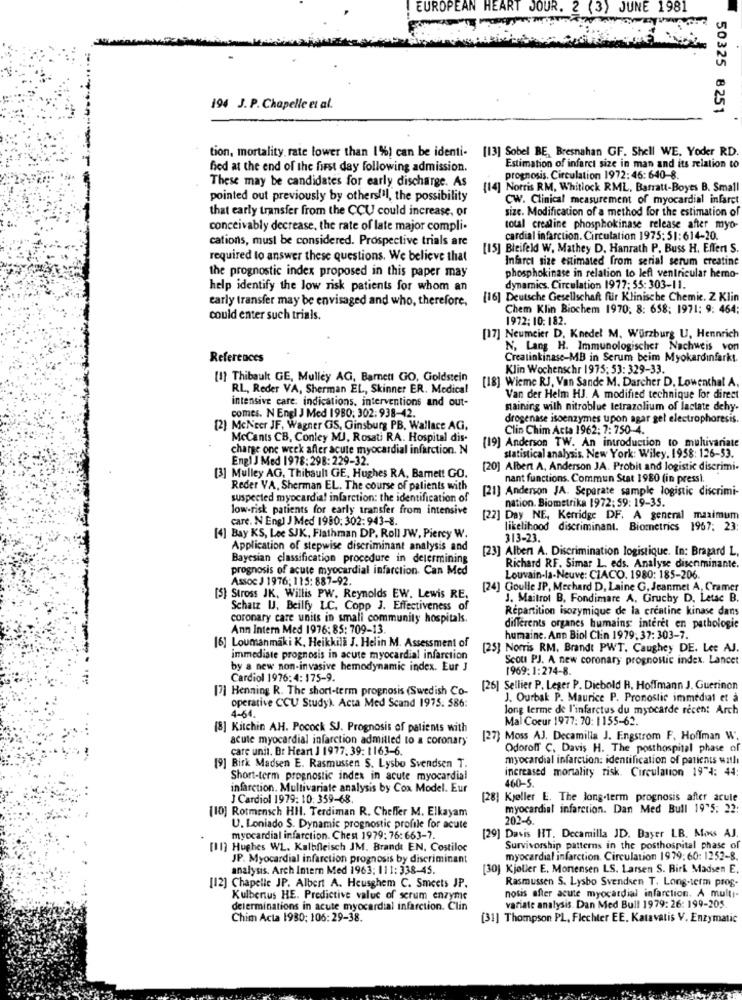
EUROPEAN HEART JOUR. 2 (3) JUNE 1981
194 J. P. Chapelle et al.
50325 8251
tion, mortality rate lower than 1%) can be identi- [13] Sobel BE, Bresnahan GF. Shell WE, Yoder RD.
fied at the end of the first day following admission.
Estimation of infarct size in man and its relation to
These may be candidates for early discharge. As
prognosis. Circulation 1972: 46: 640-8.
(14] Norris RM, Whitlock RML. Barratt-Boyes B. Small
pointed out previously by others!il, the possibility
CW. Clinical measurement of myocardial infarct
that early transfer from the CCU could increase, or
size. Modification of a method for the estimation of
conceivably decrease, the rate of late major compli-
total creatine phosphokinase release after myo-
cations, must be considered. Prospective trials are
cardial infarction. Circulation 1975: 51:614-20.
[15] Bleifeld W. Mathey D. Hanrath P. Buss H. Effer S.
required to answer these questions. We believe that
Infarct size estimated from serial serum creatine
the prognostic index proposed in this paper may
phosphokinase in relation to left ventricular hemo-
help identify the low risk patients for whom an
dynamics, Circulation 1977; 55: 303-11.
early transfer may be envisaged and who, therefore,
[16] Deutsche Gesellschaft für Klinische Chemie. Z Klin
Chem Klin Biochem 1970, 8: 658; 1971: 9: 464:
could enter such trials.
1972: 10: 182.
[17] Neumeier D. Knedel M. Würzburg U, Hennrich
N, Lang H. Immunologischer Nachweis von
References
Creatinkinase-MB in Serum beim Myokardinfarkt.
Klin Wochenschr 1975; 53: 329-33.
[1] Thibault GE, Mulley AG, Barnett GO, Goldstein
RL, Reder VA, Sherman EL, Skinner ER. Medical
[18] Wieme RJ, Van Sande M. Darcher D. Lowenthal A.
intensive care: indications, interventions and out-
Van der Helm HJ. A modified technique for direct
comes. N Engl J Med 1980: 302:938-42.
maining with nitroblue tetrazolium of lactate dehy-
drogenase isoenzymes upon agar gel electrophoresis.
[2] MeNeer JF, Wagner GS, Ginsburg PB. Wallace AG,
Clin Chim Acta 1962: ?: 750-4.
McCants CB, Conley MJ, Rosati RA. Hospital dis-
[19] Anderson TW. An introduction to multivariate
charge one week after acute myocardial infarction. N
Engl J Med 1978:298:229-32.
statistical analysis. New York: Wiley. 1958: 126-53.
[20] Albert A, Anderson JA. Probit and logistic diserimi-
[3] Mulley AG, Thibault GE, Hughes RA, Barnet! GO.
nant functions. Commun Stat 1980 (in press).
Reder VA, Sherman EL. The course of patients with
[21] Anderson JA. Separate sample logistic discrimi-
suspected myocardial infarction: the identification of
nation. Biometrika 1972: 59: 19-35.
low-risk patients for early transfer from intensive
care. N Engl J Med 1980: 302: 943-8.
[22] Day NE, Kerridge DF. A general maximum
likelihood discriminant. Biometrics 1967; 23:
[4] Bay KS, Lee SJK, Flathman DP. Roll JW, Piercy W.
313-23.
Application of stepwise discriminant analysis and
[23] Alben A. Discrimination logistique. In: Bragard L,
Bayesian classification procedure in determining
prognosis of acute myocardial infarction. Can Med
Richard RF. Simar L. eds. Analyse disenminante.
Assoc J 1976; 115: 887-92.
Louvain-la-neuve: CIACO. 1980: 185-206.
[24] Goulle JP, Mechard D, Laine G, Jeanmet A, Cramer
[S] Stross JK. Willis PW. Reynolds EW. Lewis RE,
J. Maitrot B. Fondimare A, Gruchy D. Letac B.
Schatz U. Beilfy LC, Copp J. Effectiveness of
Répartition isozymique de la crentine kinase dans
coronary care units in small community hospitals.
Ann Intern Med 1976: 85: 709-13.
differents organes humains interet en pathologie
[6] Loumanmaki K, Heikkila J. Helin M. Assessment of
humaine. Ann Biol Clin 1979, 37: 303-7.
[25] Norris RM. Brandt PWT. Caughey DE. Lee AJ.
immediate prognosis in acute myocardial infarction
Scou PJ. A new coronary prognostic index. Lancet
by a new non-invasive hemodynamic index. Eur J
1969: 1:274-8.
Cardiol 1976:4: 175-9.
[7] Henning R. The short-term prognosis (Swedish Co-
[26] Sellier P. Leger P. Diebold R. Hoffmann J. Guerinon
operative CCU Study). Acta Med Scand 1975. 586:
J. Ourbak P. Maurice P. Pronostic immédiat et à
long terme de l'infarctus du myocarde recen: Arch
4-64.
Mal Coeur 1977: 70: 1155-62.
[8] Kitchin AH. Pocock SJ. Prognosis of patients with
acute myocardial infarction admitted to a coronary
[27) Moss AJ. Decamilla J. F.ngstrom F. Hoffman W.
care unit. Br Heart J 1977. 39: 1163-6.
Odoroff C. Davis H. The posthospital phase of
myocardial infarction: identification of patients watlı
[9] Birk Madsen E. Rasmussen S. Lysbo Svendsen T.
increased mortality risk. Circulation 19"4: 44:
Short-term prognostic index in acute myocardial
infarction. Multivariate analysis by Cox Model. Eur
460 - 5 .
J Cardiol 1979: 10: 359-68.
[28] Kjøller E. The long-term prognosis after arule
[10] Rotmensch HII. Terdiman R. Cheffer M. Elkayam
myocardial infarction. Dan Med Bull 19"5: 22:
202-6.
U. Loniado S. Dynamic prognostic profile for acute
myocardial infarction. Chest 1979: 76: 663-7.
[29] Davis HT. Decamilla JD. Bayer LB. Mons AJ.
[11] Hughes WL. Kalbfleisch JM. Brandt EN, Costiloc
Survivorship patterns in the posthospital phase of
JP. Myocardial infarction prognosis by discriminant
myocardial infarction. Circulation 1979: 60: 1252-8.
analysis. Arch Intern Med 1963: 111: 338-45.
[30] Kjeller E. Monensen LS. Larsen S. Birk Madsen E.
Rasmussen S. Lysbo Svendsen T. Long-term prog-
[12] Chapelle JP. Albert A. Heusghem C. Smeets JP.
nosis after acute myocardial infarction. A multi-
Kulbertus HE. Predictive value of scrum enzyme
determinations in acute myocardial infarction. Clin
variate analysis. Dan Med Bull 1979: 26: 199-205
Chim Acta 1930; 106:29-38.
[31] Thompson PL, Flechter EE. Katavatis V. Enzymatic